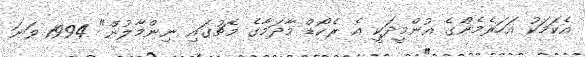
އެކަމަކު އަހަރެމެންގެ އުންމީދަކީ އެ ރެކޯޑް މާދަމާގެ މެޗުގައި ނިންމާލުން" 1994 ވަނަ